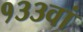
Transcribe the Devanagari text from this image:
१३३वां